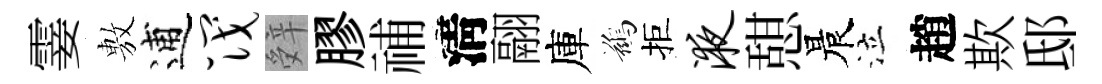
霎𢾾逋筏辤膠𥙷淸翮庫鷀拒液憇晨泣趙欺邸